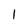
Character: 1